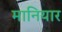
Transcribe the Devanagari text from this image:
मानियार